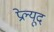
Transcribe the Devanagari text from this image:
प्रेल्यूद